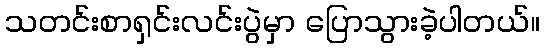
သတင်းစာရှင်းလင်းပွဲမှာ ပြောသွားခဲ့ပါတယ်။